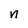
Character: n